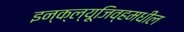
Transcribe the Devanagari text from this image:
इन्क्ल्यूजिव्हमधील